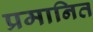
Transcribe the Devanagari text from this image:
प्रमानित